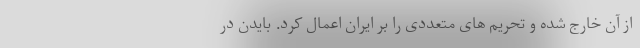
از آن خارج شده و تحریم های متعددی را بر ایران اعمال کرد. بایدن در